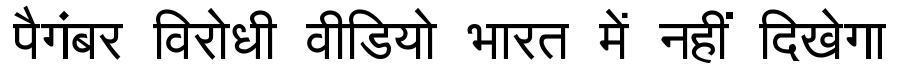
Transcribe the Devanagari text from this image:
पैगंबर विरोधी वीडियो भारत में नहीं दिखेगा